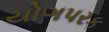
યોગપરક